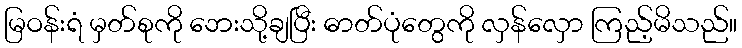
မြဝန်းရံ မှတ်စုကို ဘေးသို့ချပြီး ဓာတ်ပုံတွေကို လှန်လှော ကြည့်မိသည်။